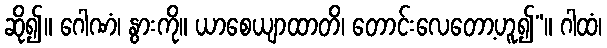
ဆို၍။ ဂေါဏံ၊ နွားကို။ ယာစေယျာထာတိ၊ တောင်းလေတော့ဟူ၍”။ ဂါထံ၊